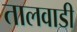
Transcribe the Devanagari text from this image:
तालवाडी